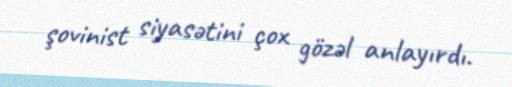
şovinist siyasətini çox gözəl anlayırdı.